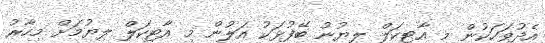
އެދުވަހަކުން މި އާޓިކަލް ލިޔުނު ބޭފުޅަކު އަލުން މި އާޓިކަލް ލިޔުމަށް މިހާރު